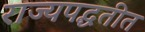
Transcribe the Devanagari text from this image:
राज्यपद्धतीत